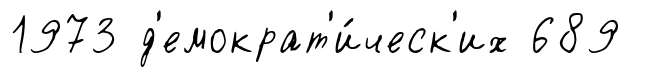
1973 д'емократ'и́ческ'их 689